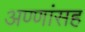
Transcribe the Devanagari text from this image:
अण्णांसह